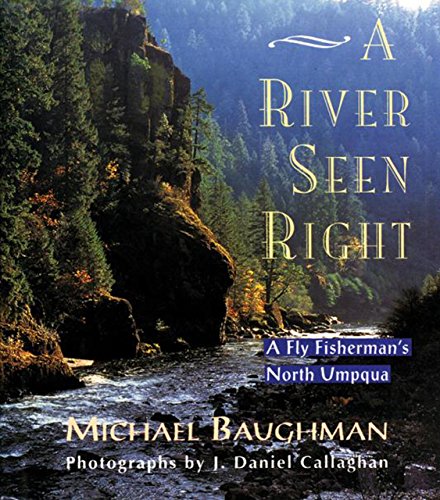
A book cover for A River Seen Right: A Fly Fisherman's North Umpqua; Michael Baughman; Humor & Entertainment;